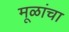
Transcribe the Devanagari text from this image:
मूळांचा